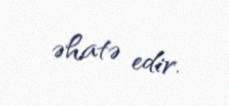
əhatə edir.